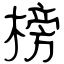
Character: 榜